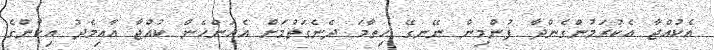
އެކުއްޖާ އެކުރަމުންގެންދާ ފުންމިން ނޭނގޭ ހިތާމަ ދެނެގަތުމަށް އެއަންހެން ކުއްޖާ އާއިމެދު އިކާންގެ